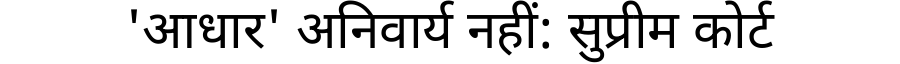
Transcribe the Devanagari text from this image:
'आधार' अनिवार्य नहीं: सुप्रीम कोर्ट